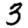
Digit: 3